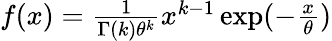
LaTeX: \begin{array}{r}{f(x)=\frac{1}{\Gamma(k)\theta^{k}}x^{k-1}\exp(-\frac{x}{\theta})}\end{array}